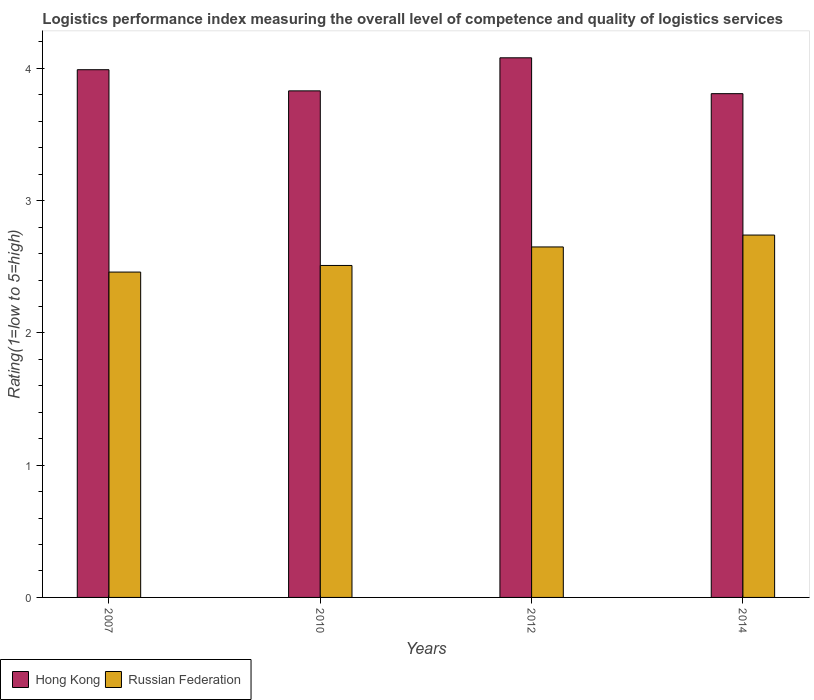
| Years | Hong Kong | Russian Federation |
 | --- | --- | --- |
 | 2007 | 3.99 | 2.46 |
 | 2010 | 3.83 | 2.51 |
 | 2012 | 4.08 | 2.65 |
 | 2014 | 3.81 | 2.74 |